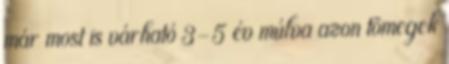
már most is várható 3-5 év múlva azon tömegek